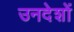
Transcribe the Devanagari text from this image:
उनदेशों